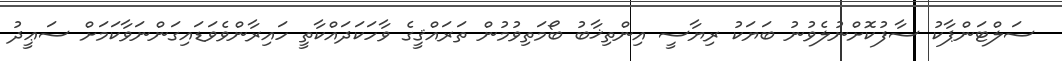
ސަލްޓަންޕާކު ސާފުކޮށްނުލެވުނު ބަޔަކު ރިޔާސީ އިންތިޚާބު ބޯމަތިވުމުން ތަރައްޤީގެ ވާހަކަދައްކާތީ ހައިރާންވެވަޑައިގަންނަވާކަމަށް ސަޢީދު